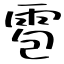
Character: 雹